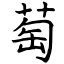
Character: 萄